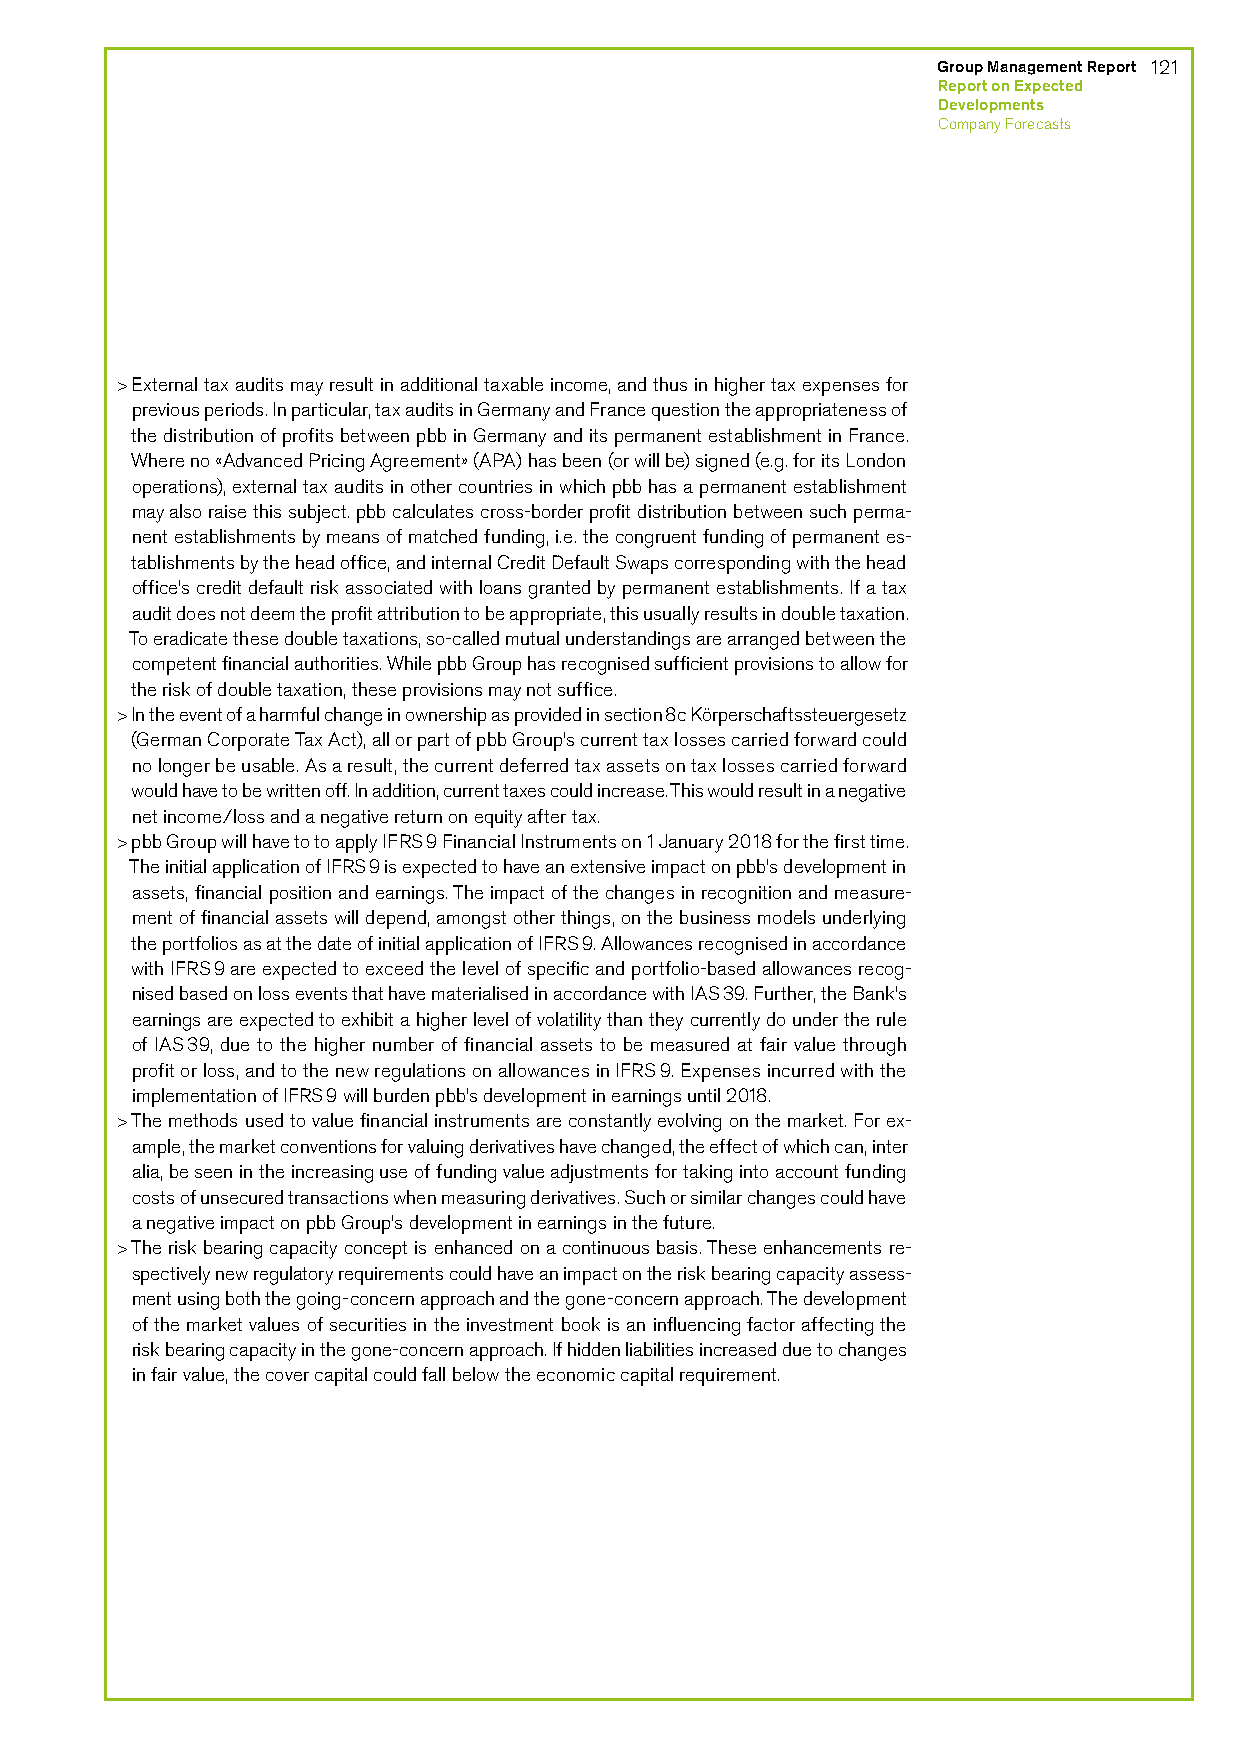
Group Management Report 121
 Report on Expected
 Developments
 Company Forecasts
 > External tax audits may result in additional taxable income, and thus in higher tax expenses for
 previous periods. In particular, tax audits in Germany and France question the appropriateness of
 the distribution of profits between pbb in Germany and its permanent establishment in France.
 Where no «Advanced Pricing Agreement» (APA) has been (or will be) signed (e.g. for its London
 operations), external tax audits in other countries in which pbb has a permanent establishment
 may also raise this subject. pbb calculates cross-border profit distribution between such perma-
 nent establishments by means of matched funding, i.e. the congruent funding of permanent es-
 tablishments by the head office, and internal Credit Default Swaps corresponding with the head
 office’s credit default risk associated with loans granted by permanent establishments. If a tax
 audit does not deem the profit attribution to be appropriate, this usually results in double taxation.
 To eradicate these double taxations, so-called mutual understandings are arranged between the
 competent financial authorities. While pbb Group has recognised sufficient provisions to allow for
 the risk of double taxation, these provisions may not suffice.
 > In the event of a harmful change in ownership as provided in section 8c Körperschaftssteuergesetz
 (German Corporate Tax Act), all or part of pbb Group’s current tax losses carried forward could
 no longer be usable. As a result, the current deferred tax assets on tax losses carried forward
 would have to be written off. In addition, current taxes could increase. This would result in a negative
 net income/loss and a negative return on equity after tax.
 > pbb Group will have to to apply IFRS 9 Financial Instruments on 1 January 2018 for the first time.
 The initial application of IFRS 9 is expected to have an extensive impact on pbb’s development in
 assets, financial position and earnings. The impact of the changes in recognition and measure-
 ment of financial assets will depend, amongst other things, on the business models underlying
 the portfolios as at the date of initial application of IFRS 9. Allowances recognised in accordance
 with IFRS 9 are expected to exceed the level of specific and portfolio-based allowances recog-
 nised based on loss events that have materialised in accordance with IAS 39. Further, the Bank’s
 earnings are expected to exhibit a higher level of volatility than they currently do under the rule
 of IAS 39, due to the higher number of financial assets to be measured at fair value through
 profit or loss, and to the new regulations on allowances in IFRS 9. Expenses incurred with the
 implementation of IFRS 9 will burden pbb’s development in earnings until 2018.
 > The methods used to value financial instruments are constantly evolving on the market. For ex-
 ample, the market conventions for valuing derivatives have changed, the effect of which can, inter
 alia, be seen in the increasing use of funding value adjustments for taking into account funding
 costs of unsecured transactions when measuring derivatives. Such or similar changes could have
 a negative impact on pbb Group’s development in earnings in the future.
 > The risk bearing capacity concept is enhanced on a continuous basis. These enhancements re-
 spectively new regulatory requirements could have an impact on the risk bearing capacity assess-
 ment using both the going-concern approach and the gone-concern approach. The development
 of the market values of securities in the investment book is an influencing factor affecting the
 risk bearing capacity in the gone-concern approach. If hidden liabilities increased due to changes
 in fair value, the cover capital could fall below the economic capital requirement.